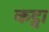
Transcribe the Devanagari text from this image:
कट्वा